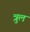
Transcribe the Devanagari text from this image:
त्रुल